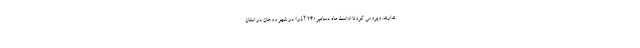
ندارند. ویروس کرونا اواسط ماه دسامبر (۲۴ آذر) در شهر ووهان در استان